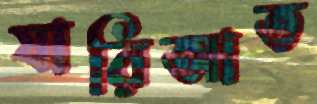
যারিআত